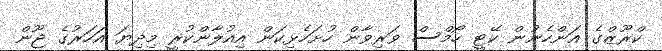
ކްރޫޒްގެ އަންހެނުން ކޭޓީ ހޯމްސް ވަރިވާން ހުށަހެޅިކަން އިއުލާންކުރީ މިދިޔަ އަހަރުގެ ޖޫން